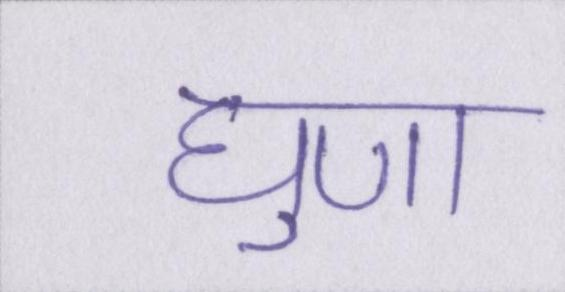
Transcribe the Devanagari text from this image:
घृणा